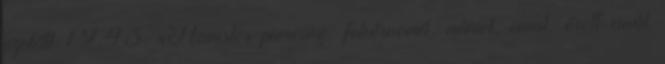
ezelőtt 19:43 xHamster piercing, fehérnemű, német, anal, érett anál